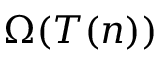
\Omega ( T ( n ) )